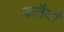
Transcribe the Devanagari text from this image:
कतैयौं